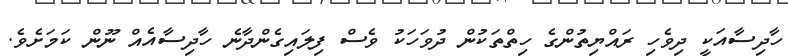
ހާދިސާއަކީ ދިވެހި ރައްޔިތުންގެ ހިތްތަކުން ދުވަހަކު ވެސް ފިލައިގެންދާނެ ހާދިސާއެއް ނޫން ކަމަށެވެ.